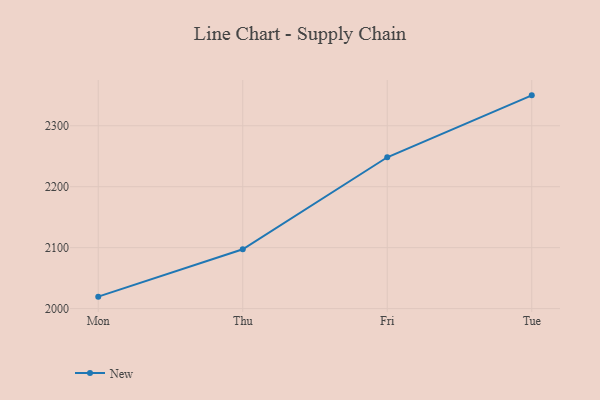
{"axis": {"x": "Day", "y": "Energy Usage (MWh)"}, "legend": ["New"], "data": [{"x": "Mon", "y": 2019.6, "type": "New"}, {"x": "Thu", "y": 2097.4, "type": "New"}, {"x": "Fri", "y": 2248.3, "type": "New"}, {"x": "Tue", "y": 2349.9, "type": "New"}]}